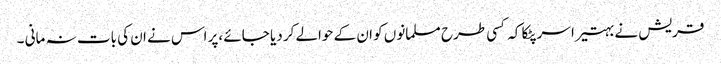
قریش نے بہتیرا سر پٹکا کہ کسی طرح مسلمانوں کو ان کے حوالے کر دیا جائے ،پر اس نے ان کی بات نہ مانی ۔